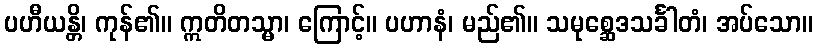
ပဟီယန္တိ၊ ကုန်၏။ ဣတိတသ္မာ၊ ကြောင့်။ ပဟာနံ၊ မည်၏။ သမုစ္ဆေဒသင်္ခါတံ၊ အပ်သော။